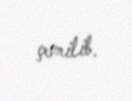
çevrilib.